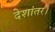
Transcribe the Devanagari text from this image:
देशांतर।